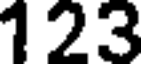
123